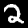
Label: 2